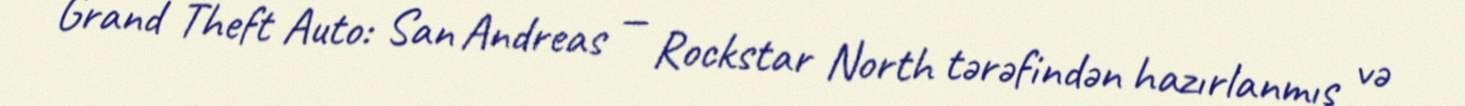
Grand Theft Auto: San Andreas — Rockstar North tərəfindən hazırlanmış və